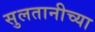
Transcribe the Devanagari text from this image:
सुलतानीच्या